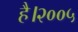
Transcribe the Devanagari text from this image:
है।२००५